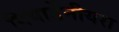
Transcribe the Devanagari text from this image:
गियार्डेनीयरा